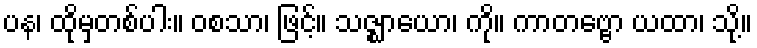
ပန၊ ထိုမှတစ်ပါး။ ဝစသာ၊ ဖြင့်။ သဇ္ဈာယော၊ ကို။ ကာတဗ္ဗော ယထာ၊ သို့။